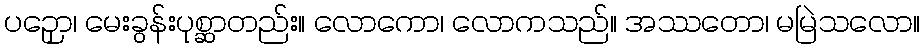
ပဉှော၊ မေးခွန်းပုစ္ဆာတည်း။ လောကော၊ လောကသည်။ အဿတော၊ မမြဲသလော။